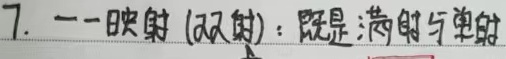
7. 一一映射 (双射)：既是满射与单射